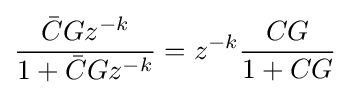
{\frac {{\bar {C}}Gz^{-k}}{1+{\bar {C}}Gz^{-k}}}=z^{-k}{\frac {CG}{1+CG}}